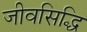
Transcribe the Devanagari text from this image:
जीवसिद्धि